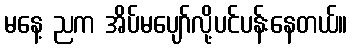
မနေ့ ညက အိပ်မပျော်လို့ပင်ပန်းနေတယ်။